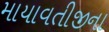
માયાવતીજીના